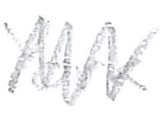
Text: York
Cross-out: zig-zag
Writing tool: pencil